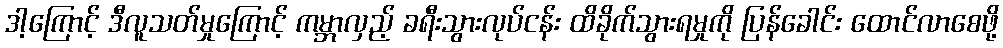
ဒါ့ကြောင့် ဒီလူသတ်မှုကြောင့် ကမ္ဘာလှည့် ခရီးသွားလုပ်ငန်း ထိခိုက်သွားရမှုကို ပြန်ခေါင်း ထောင်လာစေဖို့